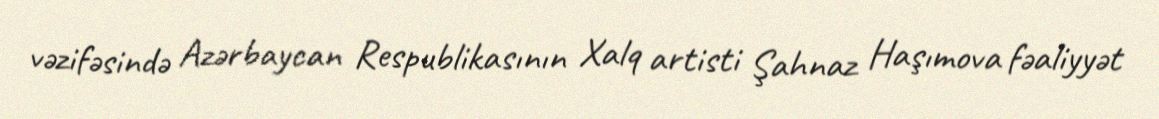
vəzifəsində Azərbaycan Respublikasının Xalq artisti Şahnaz Haşımova fəaliyyət